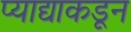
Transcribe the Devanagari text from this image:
प्याद्याकडून